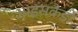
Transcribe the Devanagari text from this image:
आइसकैंडी